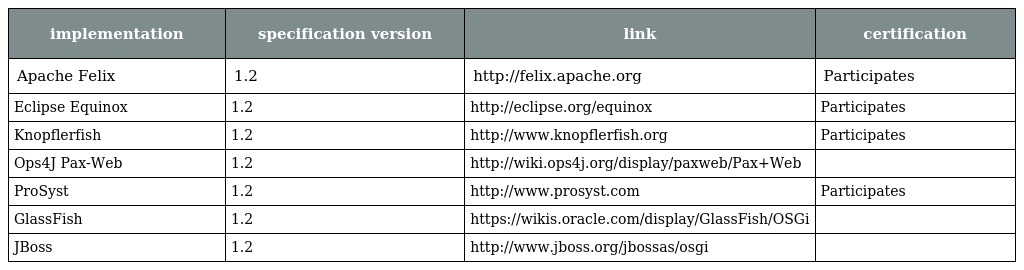
| implementation | specification version | link | certification |
 | --- | --- | --- | --- |
 | Apache Felix | 1.2 | http://felix.apache.org | Participates |
 | Eclipse Equinox | 1.2 | http://eclipse.org/equinox | Participates |
 | Knopflerfish | 1.2 | http://www.knopflerfish.org | Participates |
 | Ops4J Pax-Web | 1.2 | http://wiki.ops4j.org/display/paxweb/Pax+Web |  |
 | ProSyst | 1.2 | http://www.prosyst.com | Participates |
 | GlassFish | 1.2 | https://wikis.oracle.com/display/GlassFish/OSGi |  |
 | JBoss | 1.2 | http://www.jboss.org/jbossas/osgi |  |